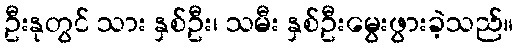
ဦးနုတွင် သား နှစ်ဦး၊ သမီး နှစ်ဦးမွေးဖွားခဲ့သည်။